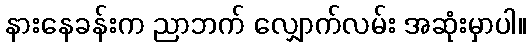
နားနေခန်းက ညာဘက် လျှောက်လမ်း အဆုံးမှာပါ။